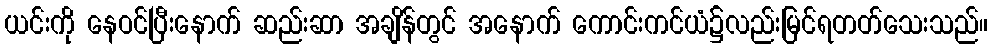
ယင်းကို နေဝင်ပြီးနောက် ဆည်းဆာ အချိန်တွင် အနောက် ကောင်းကင်ယံ၌လည်းမြင်ရတတ်သေးသည်။